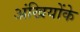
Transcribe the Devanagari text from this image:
अंखियोंके